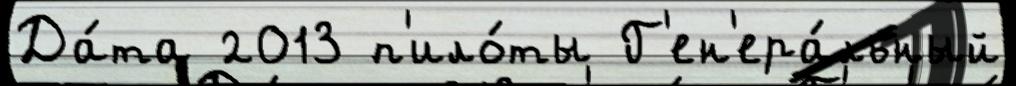
Да́та 2013 п'ило́ты Г'ен'ера́льный